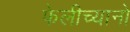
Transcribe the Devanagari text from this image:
फेलीच्यानो